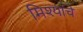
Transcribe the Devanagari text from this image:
मिश्यांचे